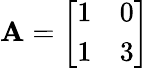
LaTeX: \mathbf{A}={\left[\begin{array}{ll}{1}&{0}\\ {1}&{3}\end{array}\right]}